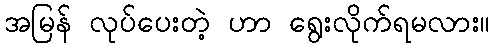
အမြန် လုပ်ပေးတဲ့ ဟာ ရွေးလိုက်ရမလား။